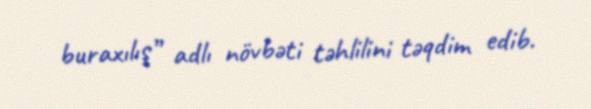
buraxılış” adlı növbəti təhlilini təqdim edib.